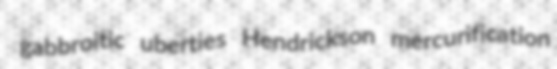
gabbroitic uberties Hendrickson mercurification